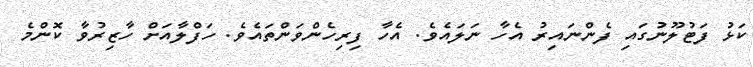
ކަޅު ފަޓުލޫނުގައި ފެންނައިރު އެހާ ނަލައެވެ. އެހާ ފިރިހެންވަންތައެވެ. ހަފްލާއަށް ހާޒިރުވާ ކޮންމެ